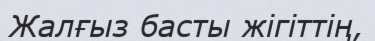
Жалғыз басты жігіттің,